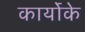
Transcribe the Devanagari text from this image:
कार्योके